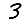
Digit: 3